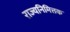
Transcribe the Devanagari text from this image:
राज्यनिमित्तक